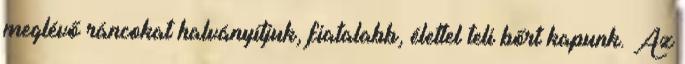
meglévő ráncokat halványítjuk, fiatalabb, élettel teli bőrt kapunk. Az